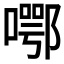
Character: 𱔜